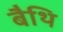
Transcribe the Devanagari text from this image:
बैथि